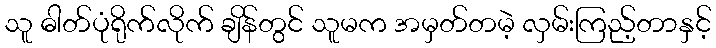
သူ ဓါတ်ပုံရိုက်လိုက် ချိန်တွင် သူမက အမှတ်တမဲ့ လှမ်းကြည့်တာနှင့်